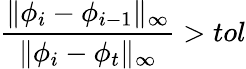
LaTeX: \frac{\lVert\phi_{i}-\phi_{i-1}\rVert_{\infty}}{\lVert\phi_{i}-\phi_{t}\rVert_{\infty}}>tol